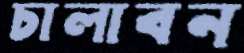
চালাবন